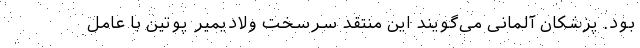
بود. پزشکان آلمانی می‌گویند این منتقد سرسخت ولادیمیر پوتین با عامل